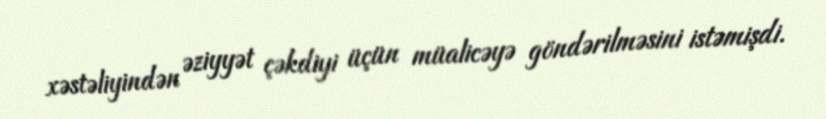
xəstəliyindən əziyyət çəkdiyi üçün müalicəyə göndərilməsini istəmişdi.